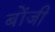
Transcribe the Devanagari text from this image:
बोंजी